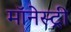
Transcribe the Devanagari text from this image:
मॉनेस्‍ट्री